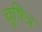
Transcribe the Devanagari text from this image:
चूषित्र